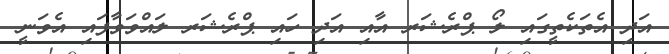
އަދި އެތަކެތީގައި ލޯ ޕްރެޝަރ އާއި އަދި ހައި ޕްރެޝަރ ލައްވަވާފައި އެވަނީ